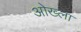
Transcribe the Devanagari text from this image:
ओख्ला